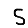
Digit: 5